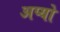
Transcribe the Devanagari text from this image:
अप्यो